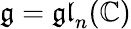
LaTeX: {\mathfrak{g}}={\mathfrak{gl}}_{n}(\mathbb{C})